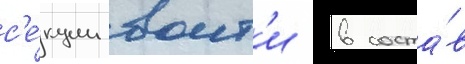
с'е́кции воит'и в соста́в